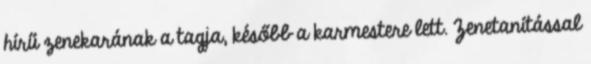
hírű zenekarának a tagja, később a karmestere lett. Zenetanítással